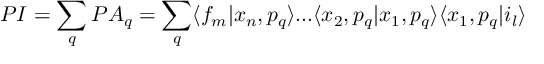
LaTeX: P I = \sum _ { q } P A _ { q } = \sum _ { q } \langle f _ { m } | x _ { n } , p _ { q } \rangle . . . \langle x _ { 2 } , p _ { q } | x _ { 1 } , p _ { q } \rangle \langle x _ { 1 } , p _ { q } | i _ { l } \rangle